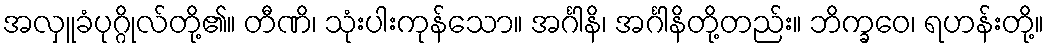
အလှူခံပုဂ္ဂိုလ်တို့၏။ တီဏိ၊ သုံးပါးကုန်သော။ အင်္ဂါနိ၊ အင်္ဂါနိတို့တည်း။ ဘိက္ခဝေ၊ ရဟန်းတို့။